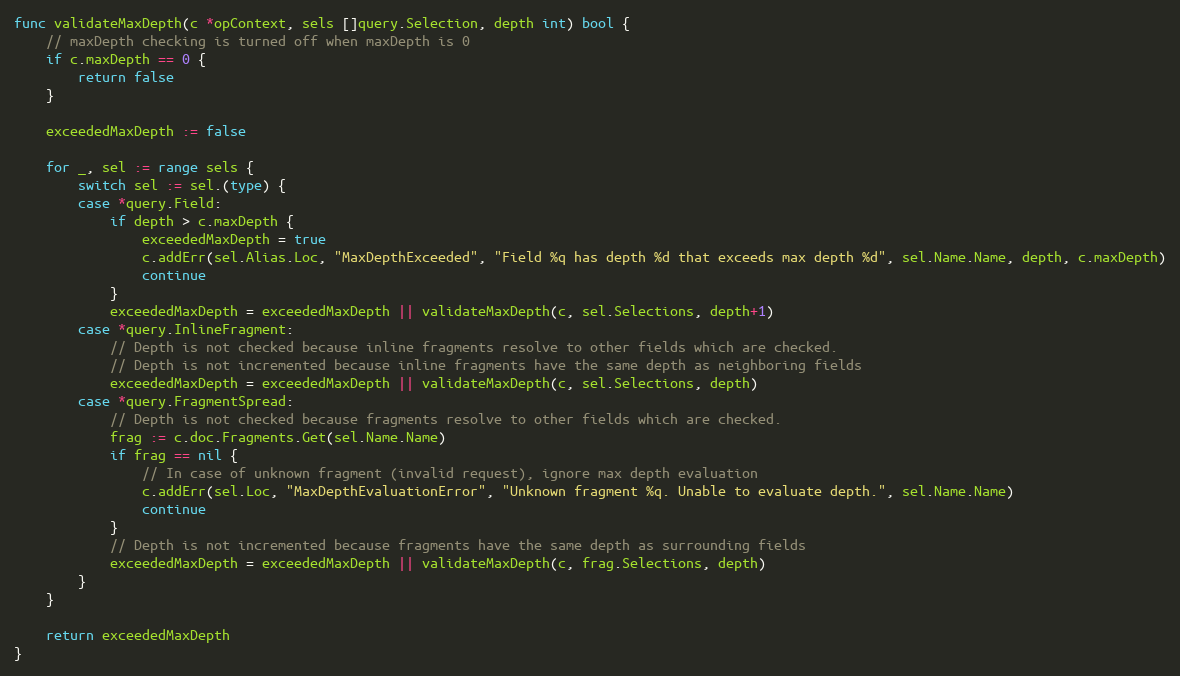
Language: Go
func validateMaxDepth(c *opContext, sels []query.Selection, depth int) bool {
	// maxDepth checking is turned off when maxDepth is 0
	if c.maxDepth == 0 {
		return false
	}

	exceededMaxDepth := false

	for _, sel := range sels {
		switch sel := sel.(type) {
		case *query.Field:
			if depth > c.maxDepth {
				exceededMaxDepth = true
				c.addErr(sel.Alias.Loc, "MaxDepthExceeded", "Field %q has depth %d that exceeds max depth %d", sel.Name.Name, depth, c.maxDepth)
				continue
			}
			exceededMaxDepth = exceededMaxDepth || validateMaxDepth(c, sel.Selections, depth+1)
		case *query.InlineFragment:
			// Depth is not checked because inline fragments resolve to other fields which are checked.
			// Depth is not incremented because inline fragments have the same depth as neighboring fields
			exceededMaxDepth = exceededMaxDepth || validateMaxDepth(c, sel.Selections, depth)
		case *query.FragmentSpread:
			// Depth is not checked because fragments resolve to other fields which are checked.
			frag := c.doc.Fragments.Get(sel.Name.Name)
			if frag == nil {
				// In case of unknown fragment (invalid request), ignore max depth evaluation
				c.addErr(sel.Loc, "MaxDepthEvaluationError", "Unknown fragment %q. Unable to evaluate depth.", sel.Name.Name)
				continue
			}
			// Depth is not incremented because fragments have the same depth as surrounding fields
			exceededMaxDepth = exceededMaxDepth || validateMaxDepth(c, frag.Selections, depth)
		}
	}

	return exceededMaxDepth
}